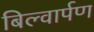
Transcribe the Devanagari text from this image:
बिल्वार्पण